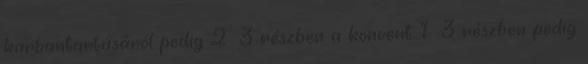
karbantartásáról pedig 2 3 részben a konvent, 1 3 részben pedig